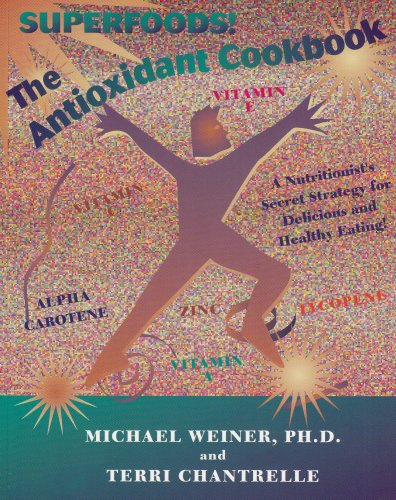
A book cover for The Antioxidant Cookbook: A Nutritionist's Secret Strategy; Michael Weiner; Health, Fitness & Dieting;